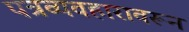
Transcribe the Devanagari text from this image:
पत्रव्यवहारावरून